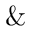
\&